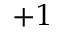
+ 1